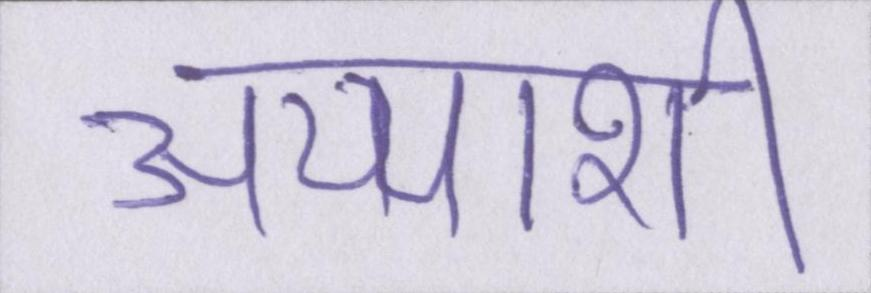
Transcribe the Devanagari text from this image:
अय्याशी